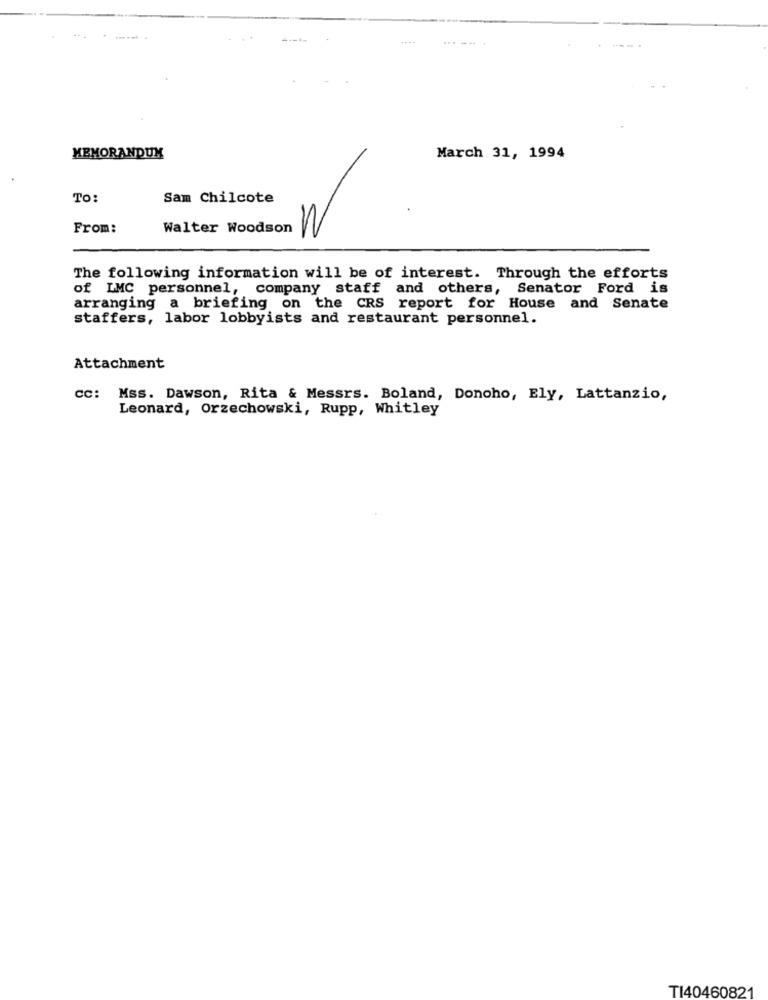
MEMORANDUM
March 31, 1994
To:
Sam Chilcote
From:
Walter Woodson
The following information will be of interest. Through the efforts
of LMC personnel,
company staff and others, Senator Ford is
arranging a briefing on the CRS report for House and Senate
staffers, labor lobbyists and restaurant personnel.
Attachment
cc: Mss. Dawson, Rita & Messrs. Boland, Donoho, Ely, Lattanzio,
Leonard, Orzechowski, Rupp, Whitley
TI40460821